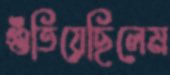
গুঁতিয়েছিলেম